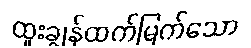
ထူးချွန်ထက်မြက်သော